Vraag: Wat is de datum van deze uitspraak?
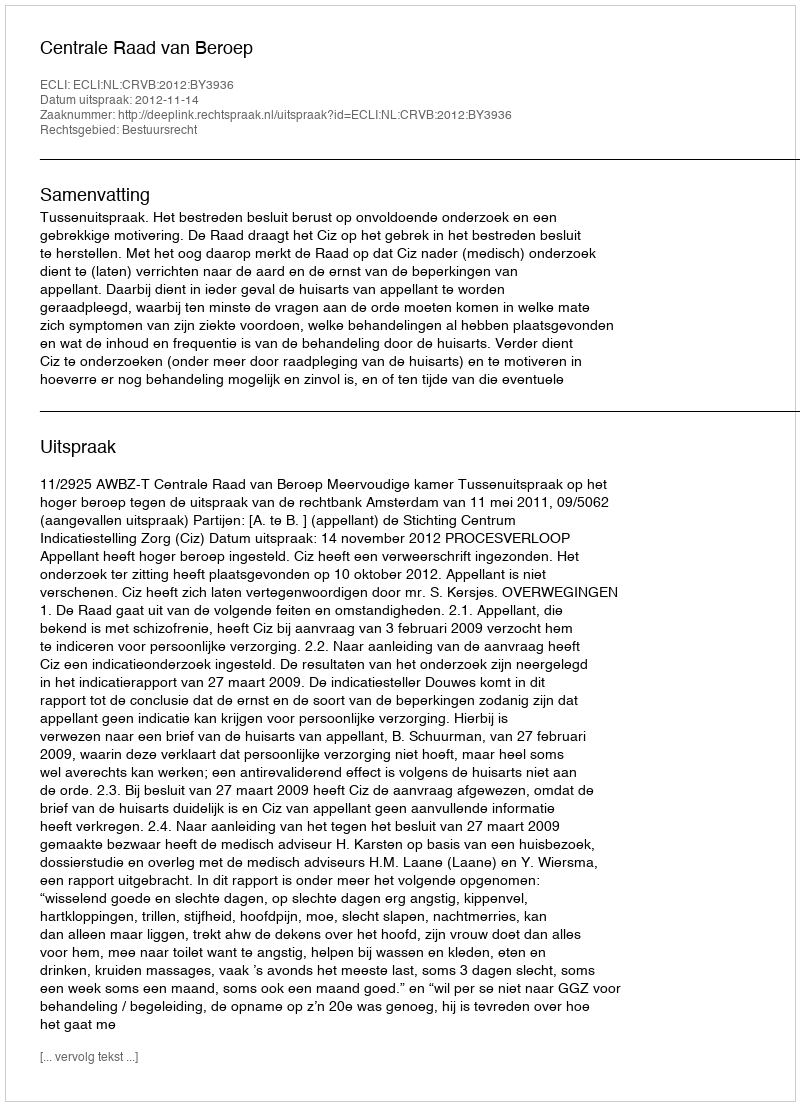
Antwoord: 2012-11-14